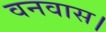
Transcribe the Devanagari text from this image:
वनवास।